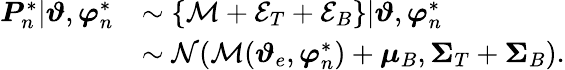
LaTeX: \begin{array}{rl}{\boldsymbol{P}_{n}^{*}|\boldsymbol{\vartheta},\boldsymbol{\varphi}_{n}^{*}}&{\sim\{ \mathcal{M}+\mathcal{E}_{T}+\mathcal{E}_{B}\} |\boldsymbol{\vartheta},\boldsymbol{\varphi}_{n}^{*}}\\ &{\sim\mathcal{N}(\mathcal{M}(\boldsymbol{\vartheta}_{e},\boldsymbol{\varphi}_{n}^{*})+\boldsymbol\mu_{B},\boldsymbol\Sigma_{T}+\boldsymbol\Sigma_{B}).}\end{array}